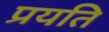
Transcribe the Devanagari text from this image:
प्रयति